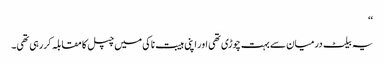
‘‘
یہ بیلٹ درمیان سے بہت چوڑی تھی اور اپنی ہیبت ناکی میں چپل کا مقابلہ کررہی تھی۔